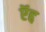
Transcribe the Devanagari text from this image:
ऍद्द